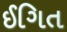
ઈગિત